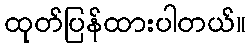
ထုတ်ပြန်ထားပါတယ်။